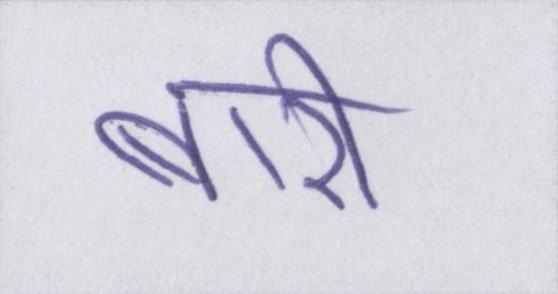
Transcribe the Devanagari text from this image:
बारी